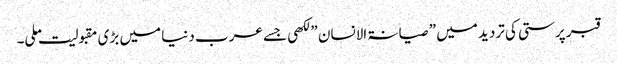
قبر پرستی کی تردید میں ” صیانۃ الانسان ” لکھی جسے عرب دنیا میں بڑی مقبولیت ملی۔